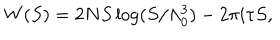
LaTeX: W ( S ) = 2 N S \log ( S / \Lambda _ { 0 } ^ { 3 } ) - 2 \pi i \tau S ,